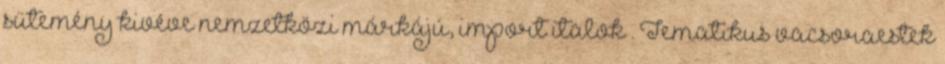
sütemény kivéve nemzetközi márkájú, import italok . Tematikus vacsoraestek